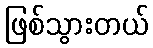
ဖြစ်သွားတယ်